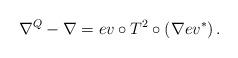
LaTeX: \begin{align*}\nabla^Q -\nabla =ev \circ T^2 \circ \left( \nabla ev^{\ast}\right).\end{align*}